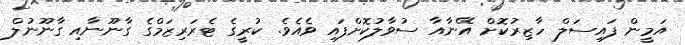
އަމީން ފައިސަލް ހާޒިރުކޮށް އޭނާއާ ސުވާލުކޮށްފައި ވެއެވެ. ކުރީގެ ޓެރަރިޒަމްގެ ގާނޫނާއި ގާނޫނުލް